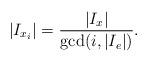
LaTeX: \begin{align*}|I_{x_{i}}|=\dfrac{|I_{x}|}{\gcd(i,|I_{e}|)}.\end{align*}